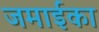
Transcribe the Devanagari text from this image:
जमाईका